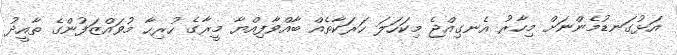
އަޅުގަނޑުމެންނަށް މިހާރު އެނގިއްޖެ މިކަހަލަ ހަރަކާތެއް ބާއްވާފިއްޔާ މީރާގެ ހުރިހާ މުވައްޒަފުންގެ ތާއީދު